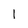
Character: 1